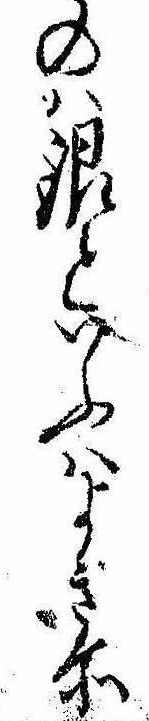
のは銀といふはよき所